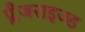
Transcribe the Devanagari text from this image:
प्लैजराइज्ड